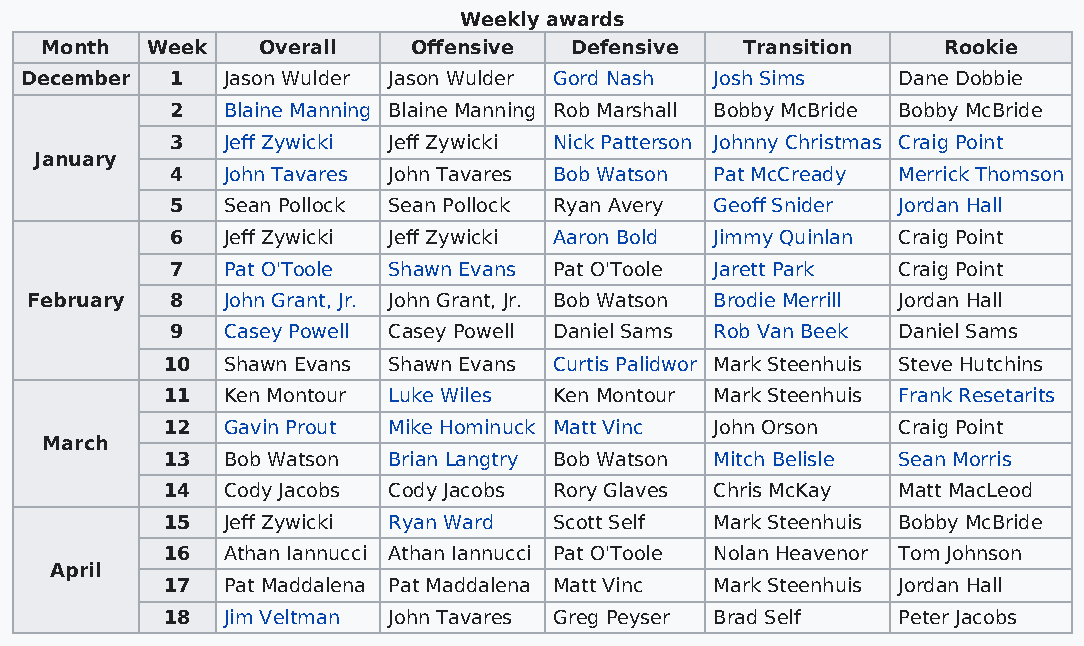
Weekly awards
 Month  Week   Overall   Offensive  Defensive  Transition   Rookie
 December  1   Jason Wulder Jason Wulder Gord Nash Josh Sims Dane Dobbie
 2   Blaine Manning Blaine Manning Rob Marshall Bobby McBride Bobby McBride
 3   Jeff Zywicki Jeff Zywicki Nick Patterson Johnny Christmas Craig Point
 January
 4   John Tavares John Tavares Bob Watson Pat McCready Merrick Thomson
 5   Sean Pollock Sean Pollock Ryan Avery Geoff Snider Jordan Hall
 6   Jeff Zywicki Jeff Zywicki Aaron Bold Jimmy Quinlan Craig Point
 7   Pat O'Toole Shawn Evans Pat O'Toole Jarett Park Craig Point
 February 8   John Grant, Jr. John Grant, Jr. Bob Watson Brodie Merrill Jordan Hall
 9   Casey Powell Casey Powell Daniel Sams Rob Van Beek Daniel Sams
 10  Shawn Evans Shawn Evans Curtis Palidwor Mark Steenhuis Steve Hutchins
 11  Ken Montour Luke Wiles Ken Montour Mark Steenhuis Frank Resetarits
 12  Gavin Prout Mike Hominuck Matt Vinc John Orson Craig Point
 March
 13  Bob Watson Brian Langtry Bob Watson Mitch Belisle Sean Morris
 14  Cody Jacobs Cody Jacobs Rory Glaves Chris McKay Matt MacLeod
 15  Jeff Zywicki Ryan Ward Scott Self Mark Steenhuis Bobby McBride
 16  Athan Iannucci Athan Iannucci Pat O'Toole Nolan Heavenor Tom Johnson
 April
 17  Pat Maddalena Pat Maddalena Matt Vinc Mark Steenhuis Jordan Hall
 18  Jim Veltman John Tavares Greg Peyser Brad Self Peter Jacobs